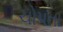
ચોપતા